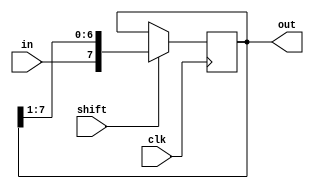
// SIPO : Serial In Parallel Out

module SIPO #(parameter sipo_width=8)
( input clk,shift,
  input in,
  output [sipo_width-1:0]out);

 reg [sipo_width-1:0]out_r;

 assign out=out_r;

 always @ (posedge clk)
 begin
	if (shift)
	begin
	out_r <= {in,out_r[sipo_width-1:1]}; 
	end
	else
	out_r <= out_r;
 end
endmodule